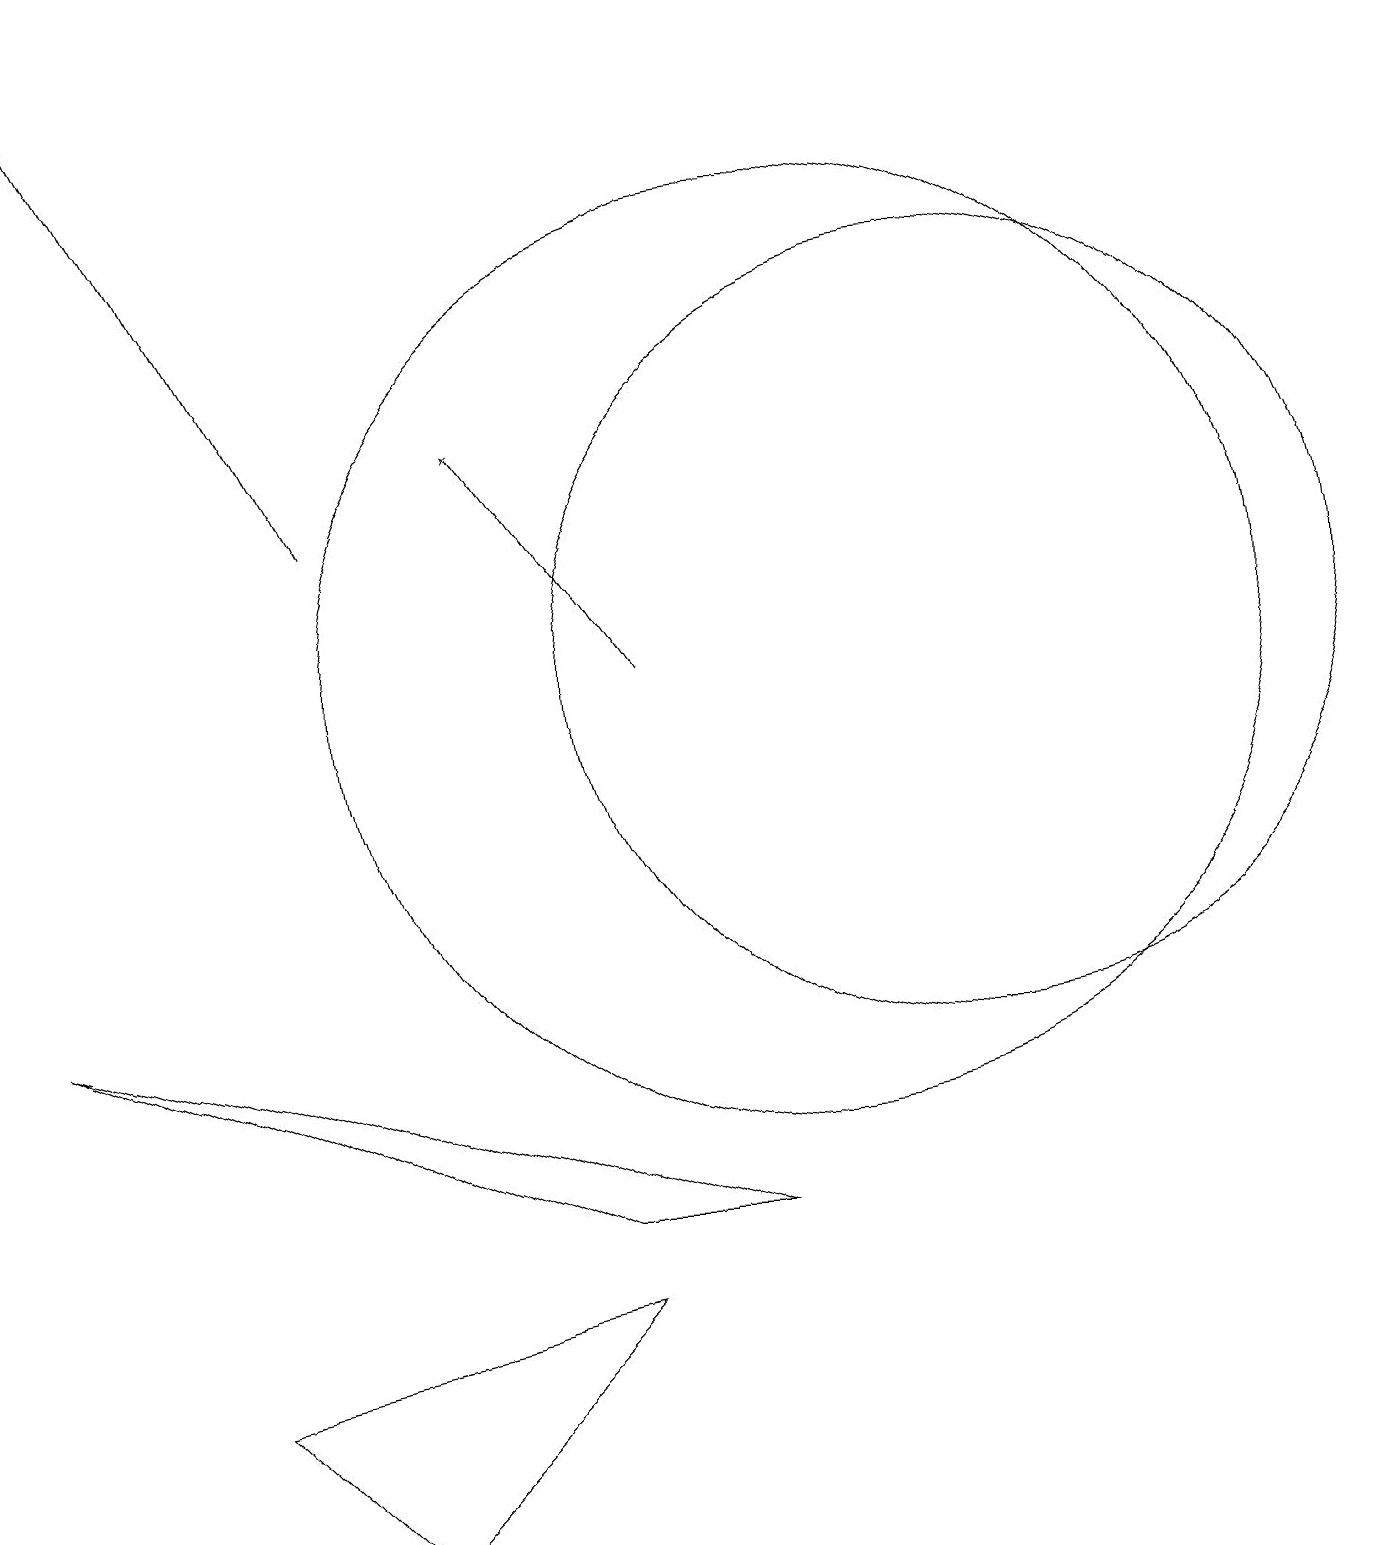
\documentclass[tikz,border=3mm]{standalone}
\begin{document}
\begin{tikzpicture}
\draw (2,2) -- (7,3) -- (4,0) -- cycle;
\draw (10,11) circle (6);
\draw[->] (8,11) -- (6,14);
\draw (7,4) -- (9,4) -- (0,7) -- cycle;
\draw (12,11) circle (5);
\draw[->] (4,13) -- (1,19);
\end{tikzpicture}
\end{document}